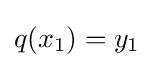
q(x_{1})=y_{1}